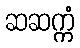
ဆဆက္ကံ